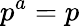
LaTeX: p^{a}=p